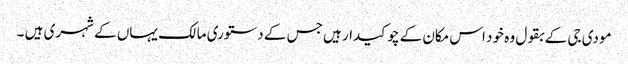
مودی جی کے بقول وہ خود اس مکان کے چوکیدار ہیں جس کے دستوری مالک یہاں کے شہری ہیں ۔